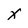
Character: x